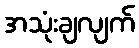
အသုံးချလျက်